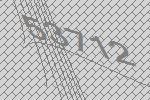
53712